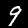
Label: 9